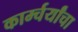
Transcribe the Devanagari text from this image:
कार्म्चर्यांचा